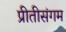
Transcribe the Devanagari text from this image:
प्रीतीसंगम